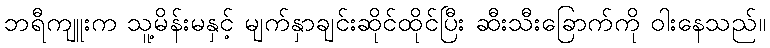
ဘရီကျူးက သူ့မိန်းမနှင့် မျက်နှာချင်းဆိုင်ထိုင်ပြီး ဆီးသီးခြောက်ကို ဝါးနေသည်။